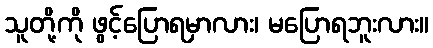
သူတို့ကို ဖွင့်ပြောရမှာလား၊ မပြောရဘူးလား။